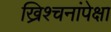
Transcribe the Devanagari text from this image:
ख्रिश्चनांपेक्षा